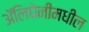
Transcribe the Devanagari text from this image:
ॲलिघेनीमधील